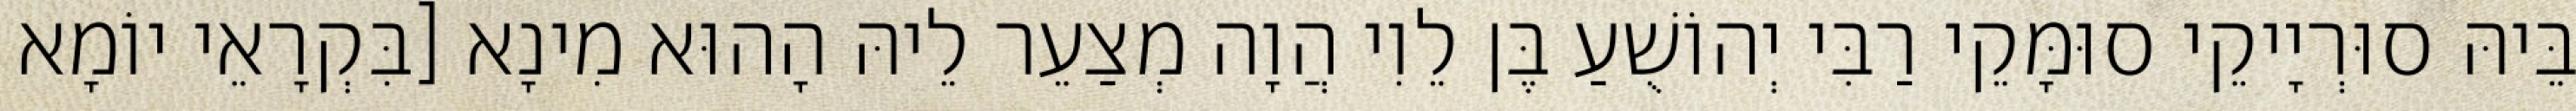
בֵּיהּ סוּרְיָיקֵי סוּמָּקֵי רַבִּי יְהוֹשֻׁעַ בֶּן לֵוִי הֲוָה מְצַעֵר לֵיהּ הָהוּא מִינָא [בִּקְרָאֵי יוֹמָא